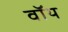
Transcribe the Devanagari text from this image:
वॉय